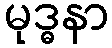
မုဒ္ဓနာ